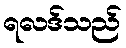
ရလဒ်သည်